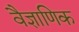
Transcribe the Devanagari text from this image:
वैज्ञाणिक